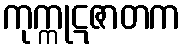
ကုက္ကုဋဇာတက